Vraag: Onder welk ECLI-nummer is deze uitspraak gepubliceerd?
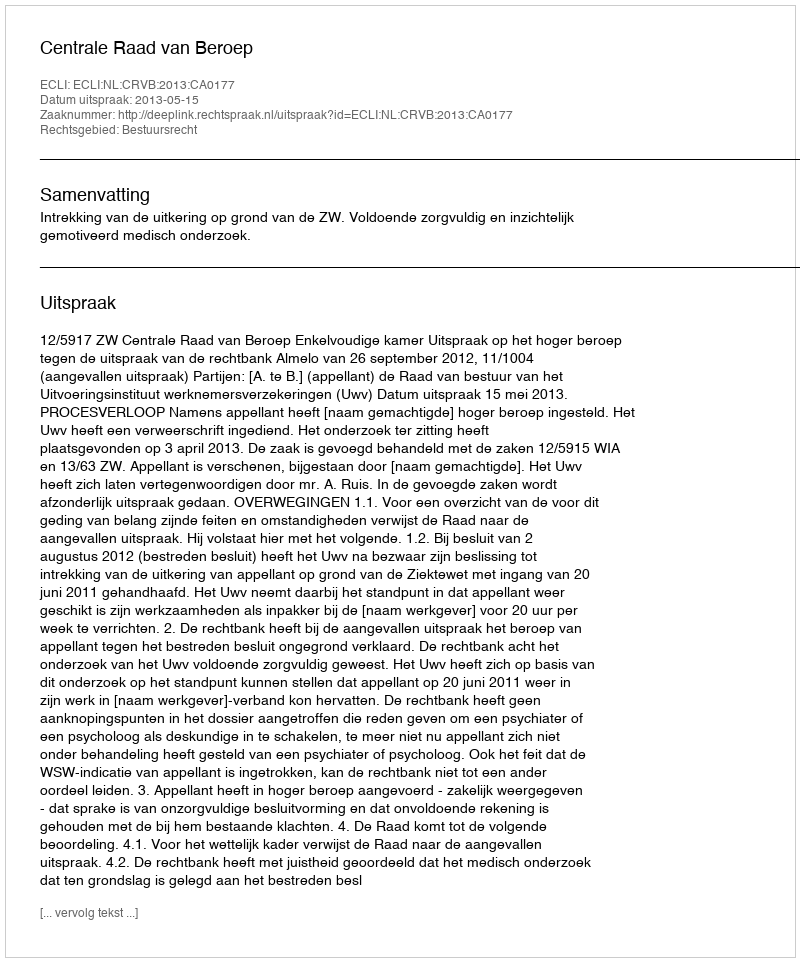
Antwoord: ECLI:NL:CRVB:2013:CA0177